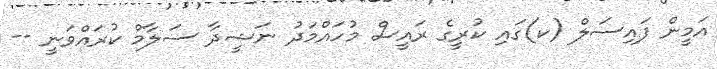
އަމީން ފައިސަލް (ކ)ގައި ކުރީގެ ރައީސް މުހައްމަދު ނަޝީދާ ސަލާމް ކުރައްވަނީ --